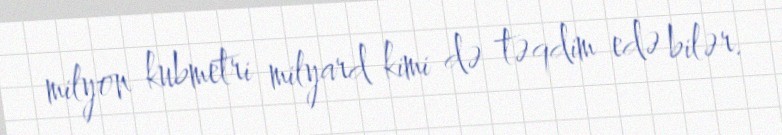
milyon kubmetri milyard kimi də təqdim edə bilər.